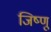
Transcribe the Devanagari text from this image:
जिष्णू